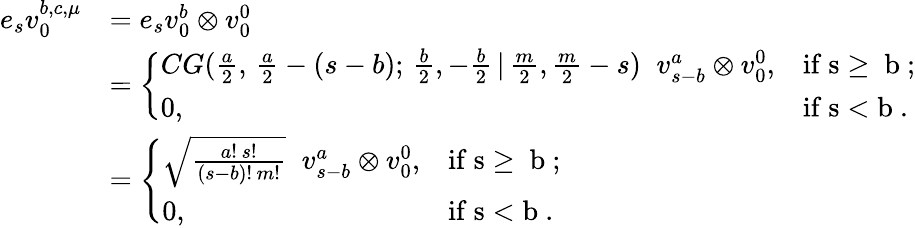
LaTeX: \begin{array}{rl}{e_{s}v_{0}^{b,c,\mu}}&{=e_{s}v_{0}^{b}\otimes v_{0}^{0}}\\ &{=\left\{ \begin{array}{ll}{CG(\frac{a}{2},\, \frac{a}{2}-(s-b);\, \frac{b}{2},-\frac{b}{2}\, |\, \frac{m}{2},\frac{m}{2}-s)\; \; v_{s-b}^{a}\otimes v_{0}^{0},}&{\mathrm{if~s\ge~b~};}\\ {0,}&{\mathrm{if~s<b~}.}\end{array}\right.}\\ &{=\left\{ \begin{array}{ll}{\sqrt{\frac{a!\, s!}{(s-b)!\, m!}}\; \; v_{s-b}^{a}\otimes v_{0}^{0},}&{\mathrm{if~s\ge~b~};}\\ {0,}&{\mathrm{if~s<b~}.}\end{array}\right.}\end{array}